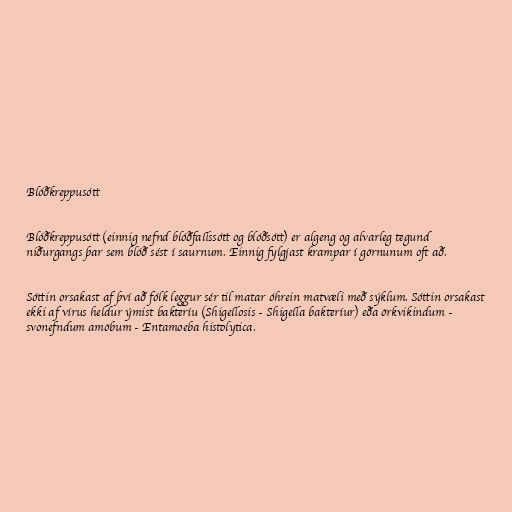
Blóðkreppusótt

Blóðkreppusótt (einnig nefnd blóðfallssótt og blóðsótt) er algeng og alvarleg tegund
niðurgangs þar sem blóð sést í saurnum. Einnig fylgjast krampar í görnunum oft að.

Sóttin orsakast af því að fólk leggur sér til matar óhrein matvæli með sýklum. Sóttin orsakast
ekki af vírus heldur ýmist bakteríu (Shigellosis - Shigella bakteríur) eða örkvikindum -
svonefndum amöbum - Entamoeba histolytica.